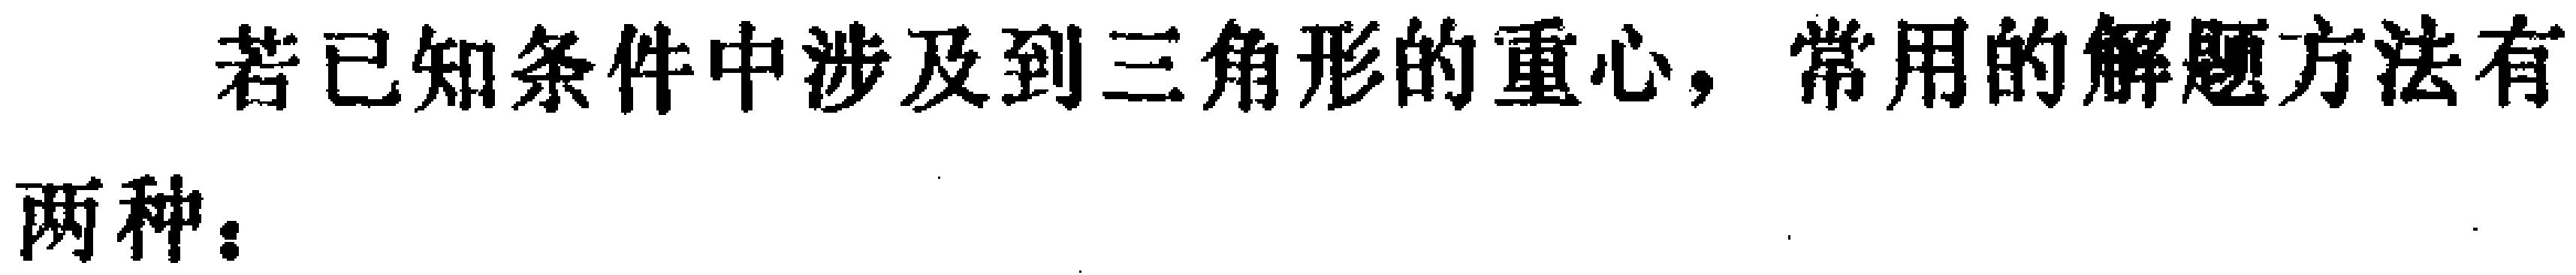
若已知条件中涉及到三角形的重心，常用的解题方法有

两种：